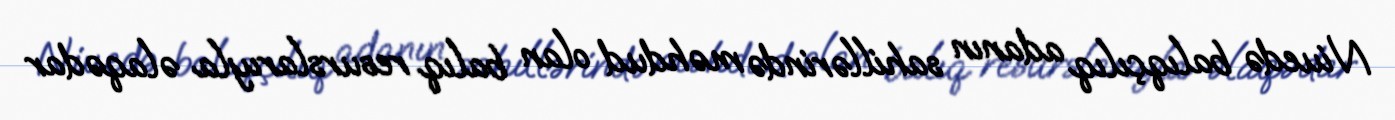
Niuedə balıqçılıq adanın sahillərində məhdud olan balıq resurslarıyla əlaqədar